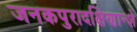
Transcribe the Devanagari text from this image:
जनकपुरादक्षिणान्शे